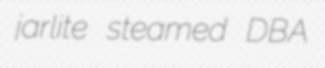
jarlite steamed DBA